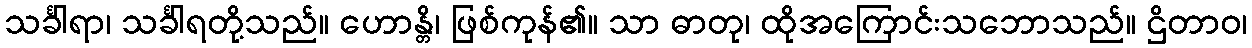
သင်္ခါရာ၊ သင်္ခါရတို့သည်။ ဟောန္တိ၊ ဖြစ်ကုန်၏။ သာ ဓာတု၊ ထိုအကြောင်းသဘောသည်။ ဌိတာဝ၊